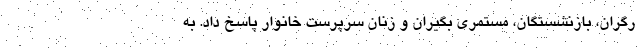
رگران، بازنشستگان، مستمری بگیران و زنان سرپرست خانوار پاسخ داد. به